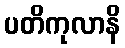
ပတိကုလာနိ